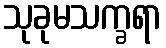
သုခုမသက္ခရာ